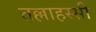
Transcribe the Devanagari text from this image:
तल्लाहस्सी